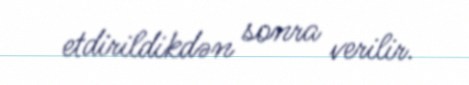
etdirildikdən sonra verilir.